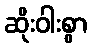
ဆိုးဝါးစွာ